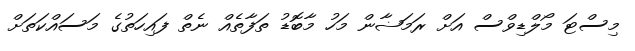
މިސްޓަ މޯލްޑިވްސް އަށް ރަމަޟާން މަހު މާބޮޑު ތަފާތެއް ނެތް ފައިހަތުގެ މަސައްކަތަށް